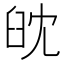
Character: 𦥟